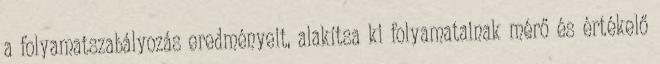
a folyamatszabályozás eredményeit, alakítsa ki folyamatainak mérő és értékelő